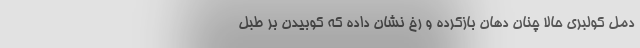
دمل كولبري حالا چنان دهان بازكرده و رخ نشان داده كه كوبيدن بر طبل